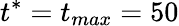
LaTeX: t^{\ast}=t_{max}=50